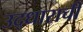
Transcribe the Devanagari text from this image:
उद्धाराची